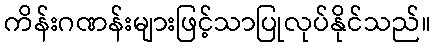
ကိန်းဂဏန်းများဖြင့်သာပြုလုပ်နိုင်သည်။